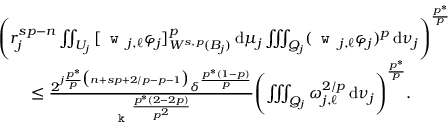
\begin{array} { r l } & { \Biggl ( r _ { j } ^ { s p - n } \iint _ { U _ { j } } \, [ \texttt { w } _ { j , \ell } \varphi _ { j } ] _ { W ^ { s , p } ( B _ { j } ) } ^ { p } \, \mathrm { d } \mu _ { j } \iiint _ { Q _ { j } } ( \texttt { w } _ { j , \ell } \varphi _ { j } ) ^ { p } \, \mathrm { d } \nu _ { j } \Biggr ) ^ { \frac { p ^ { * } } { p } } } \\ & { \qquad \le \frac { 2 ^ { j \frac { p ^ { * } } { p } \big ( n + s p + 2 / p - p - 1 \big ) } \delta ^ { \frac { p ^ { * } ( 1 - p ) } { p } } } { \texttt { k } ^ { \frac { p ^ { * } ( 2 - 2 p ) } { p ^ { 2 } } } } \Biggl ( \iiint _ { Q _ { j } } \omega _ { j , \ell } ^ { 2 / p } \, \mathrm { d } \nu _ { j } \Biggr ) ^ { \frac { p ^ { * } } { p } } . } \end{array}